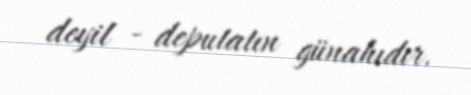
deyil - deputatın günahıdır.